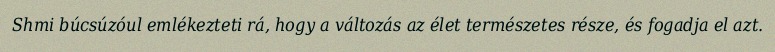
Shmi búcsúzóul emlékezteti rá, hogy a változás az élet természetes része, és fogadja el azt.